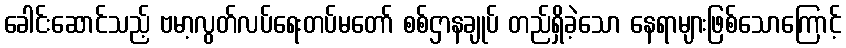
ခေါင်းဆောင်သည့် ဗမာ့လွတ်လပ်ရေးတပ်မတော် စစ်ဌာနချုပ် တည်ရှိခဲ့သော နေရာများဖြစ်သောကြောင့်